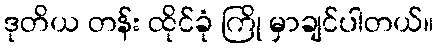
ဒုတိယ တန်း ထိုင်ခုံ ကြို မှာချင်ပါတယ်။